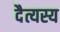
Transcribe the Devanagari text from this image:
दैत्यस्य